Indian journal of veterinary science and animal husbandry - Volume 11,
Year: 1941
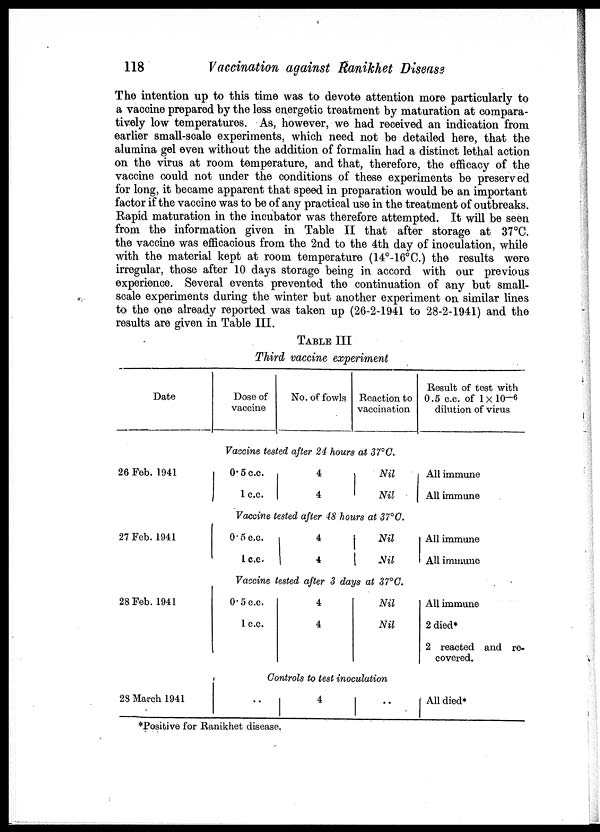
118
Vaccination against Ranikhet Disease
The intention up to this time was to devote attention more particularly to
a vaccine prepared by the less energetic treatment by maturation at compara-
tively low temperatures. As, however, we had received an indication from
earlier small-scale experiments, which need not be detailed here, that the
alumina gel even without the addition of formalin had a distinct lethal action
on the virus at room temperature, and that, therefore, the efficacy of the
vaccine could not under the conditions of these experiments be preserved
for long, it became apparent that speed in preparation would be an important
factor if the vaccine was to be of any practical use in the treatment of outbreaks.
Rapid maturation in the incubator was therefore attempted. It will be seen
from the information given in Table II that after storage at 37°C.
the vaccine was efficacious from the 2nd to the 4th day of inoculation, while
with the material kept at room temperature (14°-16°C.) the results were
irregular those after 10 days staraga being in accord with our previous-
experience. Several events prevented the continuation of any but small-
scale experiments during the winter but another experiment on similar lines
to the one already reported was taken up (26-2-1941 to 28-2-1941) and the
results are given in Table III.
TABLE III
Third vaccine experiment
Date
26 Feb. 1941
27 Feb. 1941
28 Feb. 1941
28 March 1941
Dose of
vaccine
No. of fowls Reaction to
vaccination
Vaccine tested after 24 hours at 37°C.
0.5 c.c.
1 c.c.
4
4
Nil
Nil
Vaccine tested after 48 hours at 37°C.
0.5 c.c.
1c.c.
4
4
Nil
Nil
Vaccine tested after 3 days at 37°C.
0.5 c.c.
1 c.c.
4
4
Nil
Nil
Controls to test inoculation
..
4
..
Result of test with
0.5 c.c. of 1×10 -6
dilution of virus
All immune
All immune
All immune
All immune
All immune
2 died*
2 reacted and re-
covered.
All died*
*Positive for Ranikhet disease.